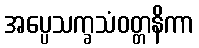
အပ္ပေသက္ခသံဝတ္တနိကာ